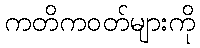
ကတိကဝတ်များကို